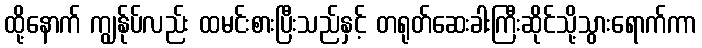
ထို့နောက် ကျွန်ုပ်လည်း ထမင်းစားပြီးသည်နှင့် တရုတ်ဆေးခါးကြီးဆိုင်သို့သွားရောက်ကာ